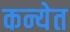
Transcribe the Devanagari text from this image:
कन्येत